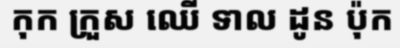
កុក ក្រួស ឈើ ទាល ដូន ប៉ុក